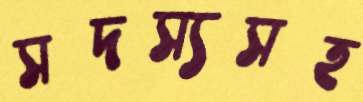
সদস্যসহ